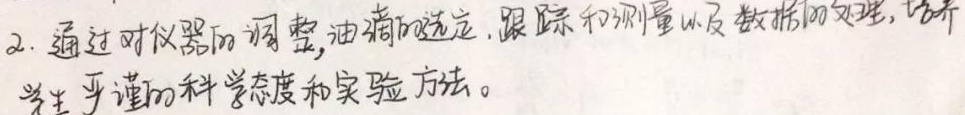
2. 通过对仪器的调整,油滴的选定, 跟踪和测量以及数据的处理, 培养学生严谨的科学态度和实验方法。